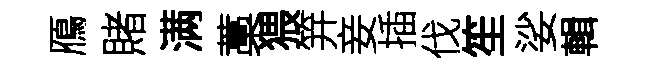
鴈賭满藁猥笄妾插伐笙娑輯